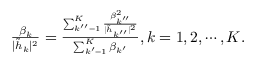
\begin{array} { r } { \frac { \beta _ { k } } { | \tilde { h } _ { k } | ^ { 2 } } = \frac { \sum _ { k ^ { \prime \prime } = 1 } ^ { K } \frac { \beta _ { k ^ { \prime \prime } } ^ { 2 } } { | \tilde { h } _ { k ^ { \prime \prime } } | ^ { 2 } } } { \sum _ { k ^ { \prime } = 1 } ^ { K } \beta _ { k ^ { \prime } } } , k = { 1 , 2 , \cdots , K } . } \end{array}